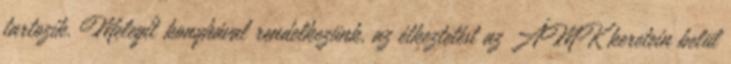
tartozik. Melegítıkonyhával rendelkezünk, az étkeztetést az ÁMK keretein belül